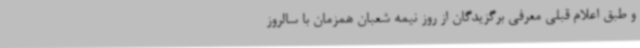
و طبق اعلام قبلی معرفی برگزیدگان از روز نیمه شعبان همزمان با سالروز